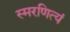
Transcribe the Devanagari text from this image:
स्मरणित्यं